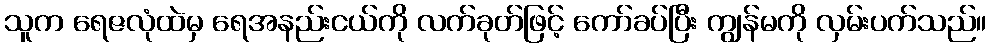
သူက ရေဇလုံထဲမှ ရေအနည်းငယ်ကို လက်ခုတ်ဖြင့် ကော်ခပ်ပြီး ကျွန်မကို လှမ်းပက်သည်။